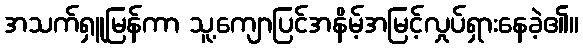
အသက်ရှူမြန်ကာ သူ့ကျောပြင်အနိမ့်အမြင့်လှုပ်ရှားနေခဲ့၏။